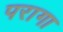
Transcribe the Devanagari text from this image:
परागा